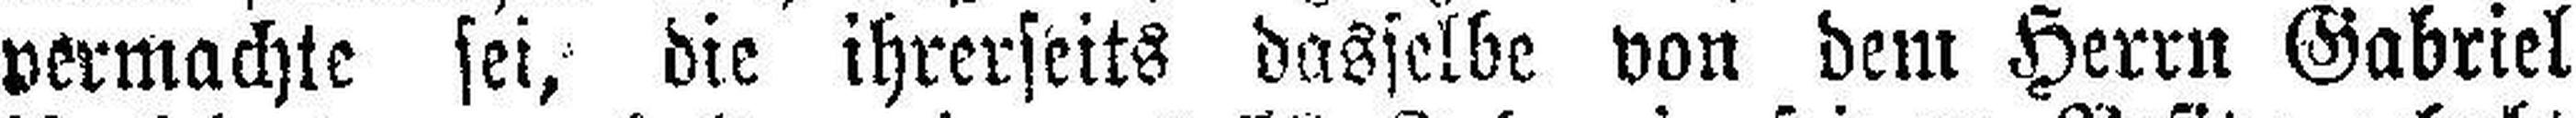
vermachte sei, die ihrerseits dasselbe von dem Herrn Gabriel